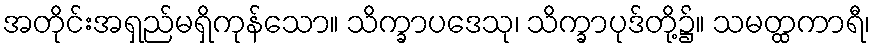
အတိုင်းအရှည်မရှိကုန်သော။ သိက္ခာပဒေသု၊ သိက္ခာပုဒ်တို့၌။ သမတ္ထကာရီ၊